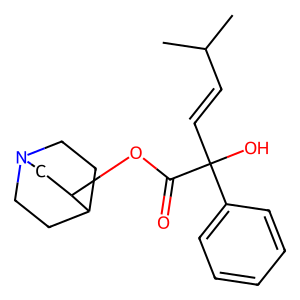
SMILES: CC(C)C=CC(O)(C(=O)OC1CN2CCC1CC2)c1ccccc1
Inhibits HIV replication: No